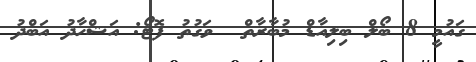
ގައުމީ 8 ބޯލް ބިލިއާޑް މުބާރާތް  ވަގުތު ފޮޓޯ: އަޝްހާދު އަބްދު